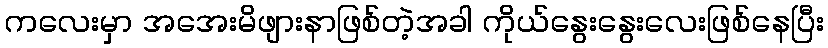
ကလေးမှာ အအေးမိဖျားနာဖြစ်တဲ့အခါ ကိုယ်နွေးနွေးလေးဖြစ်နေပြီး